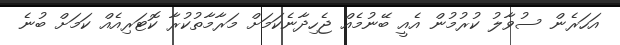
އަހަރެން ސުވާލު ކުރުމުން އެއީ ބޭނުމެއް ޖެހިދާނެކަމަށް މަރާމާތުކުރާ ކޮޓަރިއެއް ކަމަށް ބުނެ